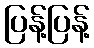
ပြန့်ပြန့်